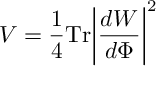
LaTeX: V = { \frac { 1 } { 4 } } \mathrm { T r } \biggl | { \frac { d W } { d \Phi } } \biggr | ^ { 2 }